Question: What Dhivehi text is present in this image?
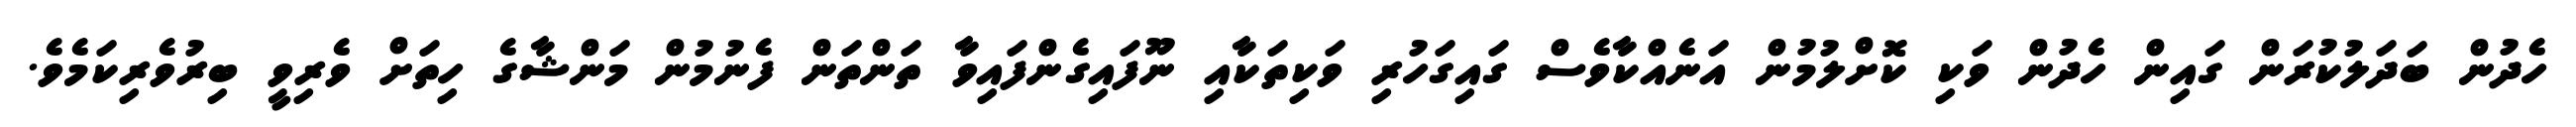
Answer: ހެދުން ބަދަލުކުރަން ގައިން ހެދުން ވަކި ކޮށްލުމުން އަނެއްކާވެސް ގައިގަހުރި ވަކިތަކާއި ނޫފައިގެންފައިވާ ތަންތަން ފެނުމުން މަންޝާގެ ހިތަށް ވެރިވީ ބިރުވެރިކަމެވެ.